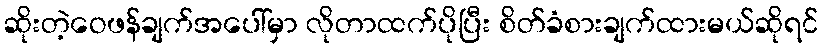
ဆိုးတဲ့ဝေဖန်ချက်အပေါ်မှာ လိုတာထက်ပိုပြီး စိတ်ခံစားချက်ထားမယ်ဆိုရင်